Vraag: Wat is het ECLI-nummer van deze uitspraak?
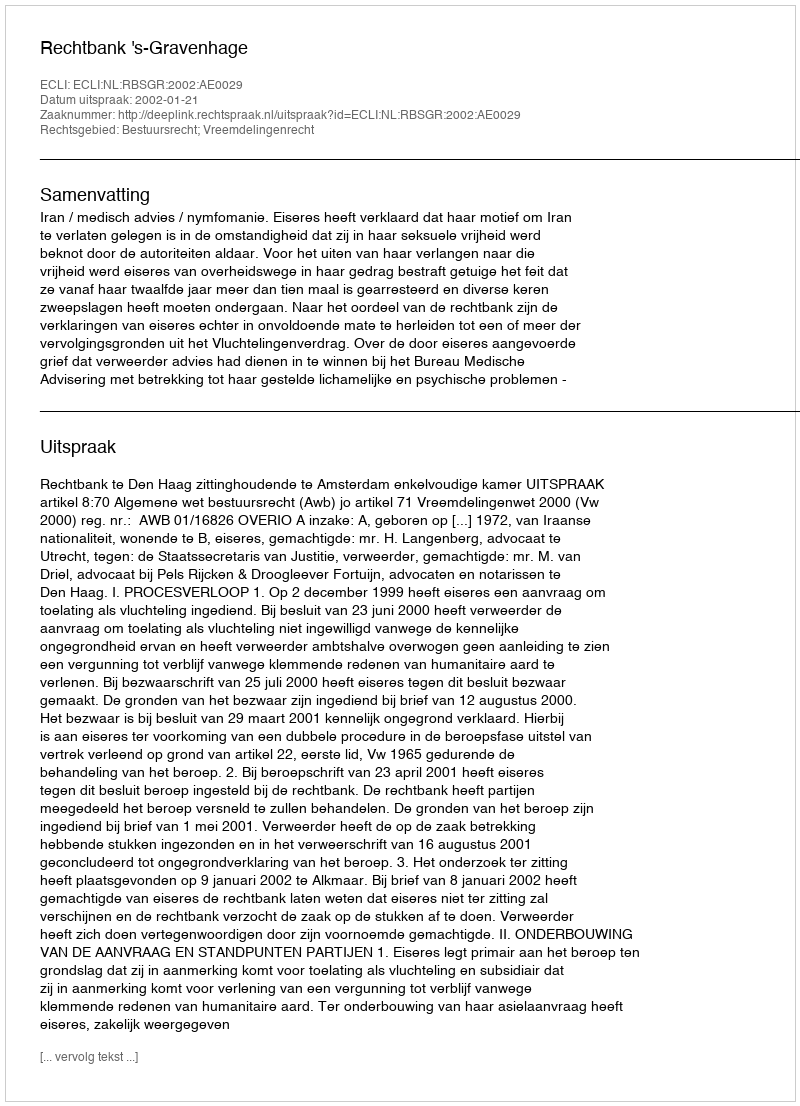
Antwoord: ECLI:NL:RBSGR:2002:AE0029